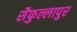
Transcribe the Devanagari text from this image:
सैफुल्लापुर